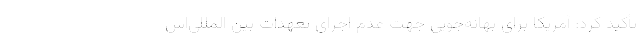
تأکید کرد: آمریکا برای بهانه‌جویی جهت عدم اجرای تعهدات بین المللی‌اش